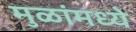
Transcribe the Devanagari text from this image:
मुळांमध्ये